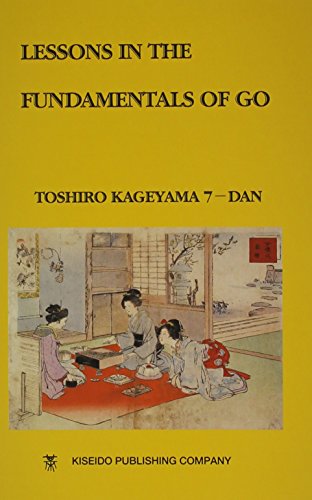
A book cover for Lessons in the Fundamentals of Go (Beginner and Elementary Go Books); Toshiro Kageyama; Humor & Entertainment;